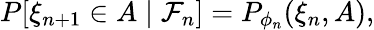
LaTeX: \begin{array}{r}{P[\xi_{n+1}\in A\mid\mathcal{F}_{n}]=P_{\phi_{n}}(\xi_{n},A),}\end{array}